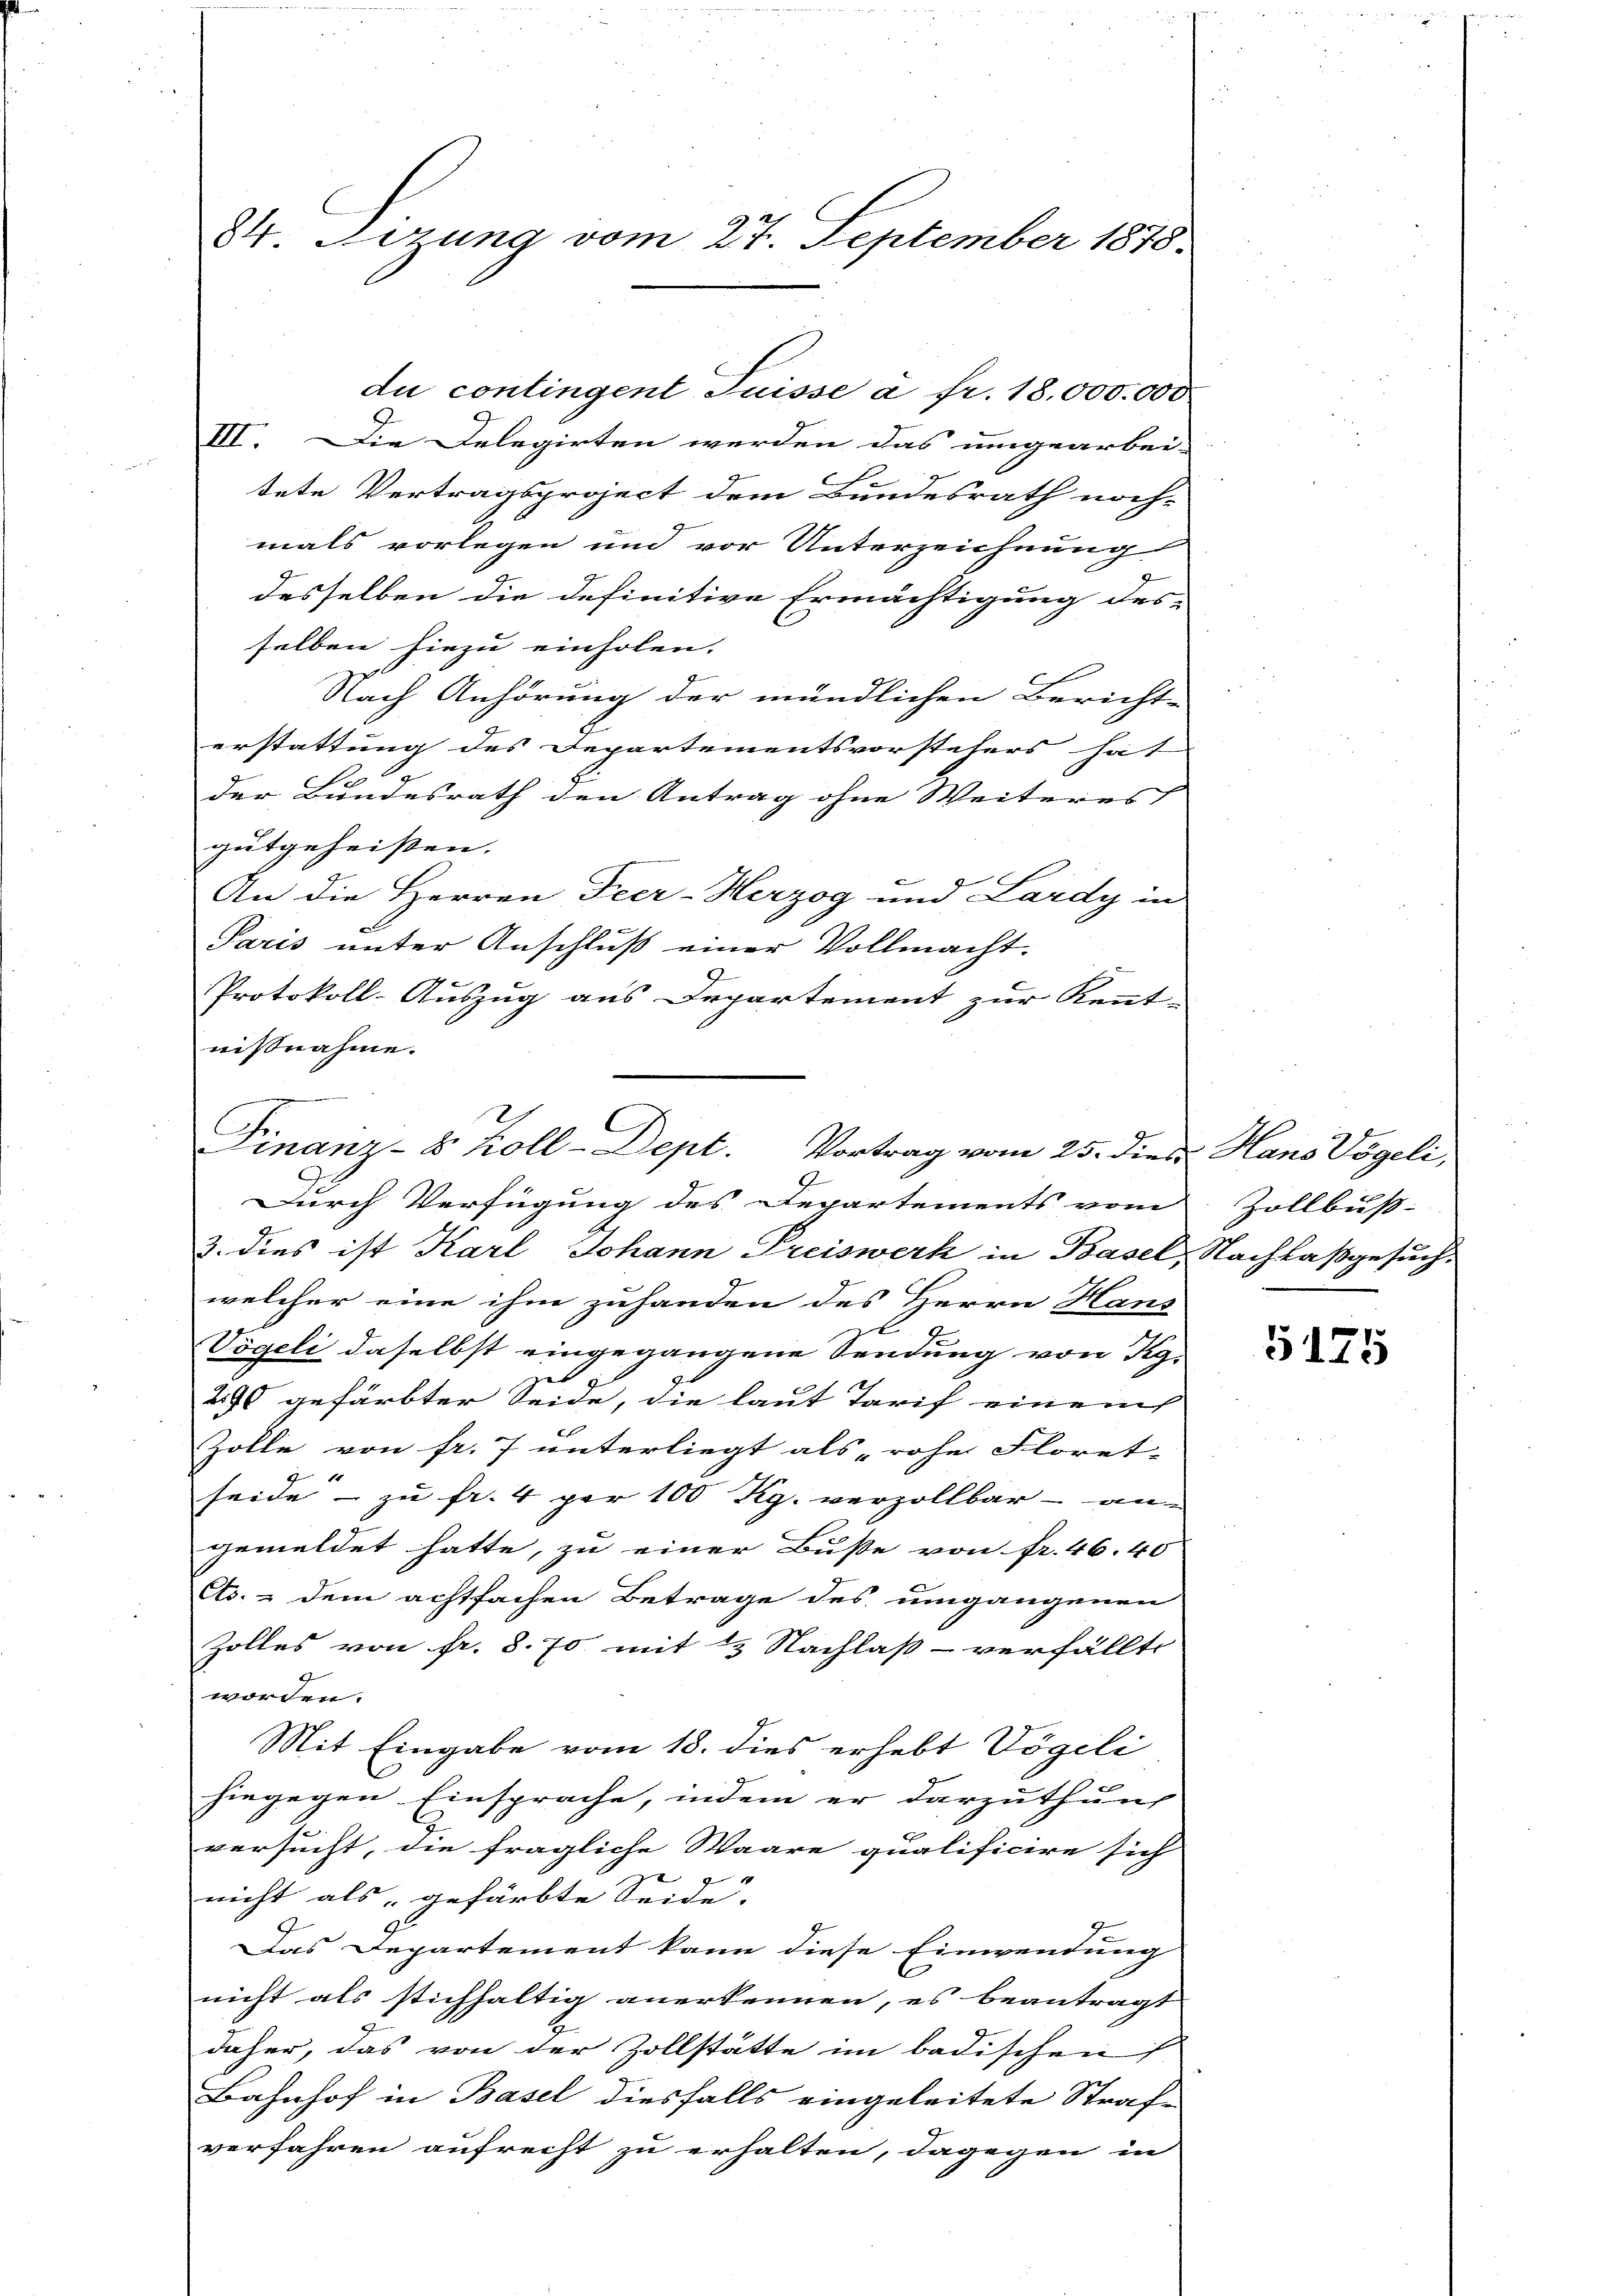
84. Sezung vom 27. September 1878.

III. Die Delegirten werden das umgearbei-
tete Vertragsproject dem Bundesrath noch-
mals vorlegen und vor Unterzeichnung
desselben die definitive Ermächtigung des-
selben hiezu einholen.
Nach Anhörung der mündlichen Bericht
erstattung des Departementsvorstehers hat |
der Bundesrath den Antrag ohne Weiteres
gutgeheißen.
An die Herren Peer-Herzog und Lardy in
Paris unter Anschluß einer Vollmacht.
Protokoll-Auszug aus Departement zur Kennt-
nißnahme.
Durch Verfügung des Departements vom Zollbuss-
3. dies ist Karl Johann Preiswerk in Basel, Nachlaßgesuch,
welcher eine ihm zuhanden des Herrn Hans
l
Vögeli daselbst eingegangene Sendung von Kg.
290 gefärbter Seide, die laut Tarif einem
Zolle von fr. 7 unterliegt als „rohe Floret-
seide - zu fr. 4 per 100 Kg. verzollbar - an
gemeldet hatte, zu einer Buße von fr. 46. 40
Cts. & dem achtfachen Betrage des umgangenen
Zolles von fr. 8. 70 mit 12 Nachlas - verfällte
worden.
Mit Eingabe vom 18. dies erhebt Vögeli
hingegen Einsprache, indem er darzuthung
versucht, die fragliche Waare qualificire sich
f
nicht als gefärbte Seide.
Das Departement kann diese Einwendung
nicht als stichhaltig anerkennen, es beanträgt |
2
daher, das von der Zollstätte im badischen
Bahnhof in Basel diesfalls eingeleitete Straf-
verfahren aufrecht zu erhalten, dagegen in

du contingent Suisse a fr. 18,000.000

C
Finanz-8 Koll-Dept. Vortrag vom 25. dies Hans Vögeli,

5175